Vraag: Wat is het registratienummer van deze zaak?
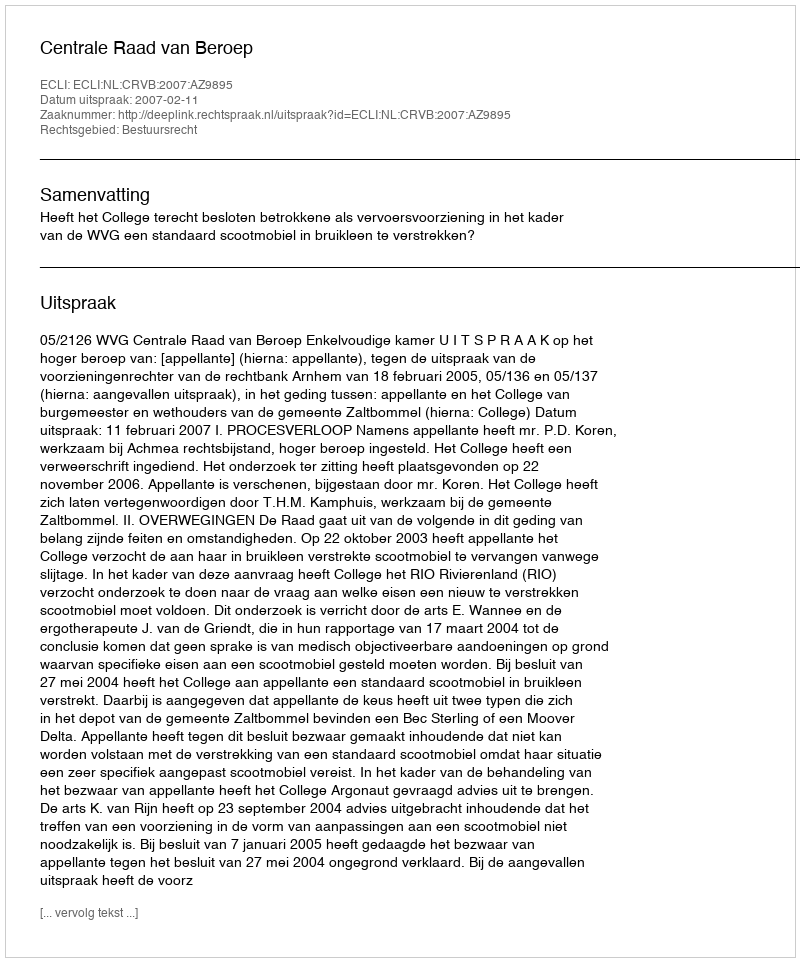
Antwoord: http://deeplink.rechtspraak.nl/uitspraak?id=ECLI:NL:CRVB:2007:AZ9895